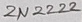
Text: 2N2222